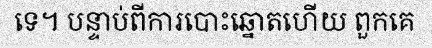
ទេ។ បន្ទាប់ពីការបោះឆ្នោតហើយ ពួកគេ